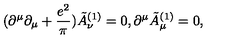
( \partial ^ { \mu } \partial _ { \mu } + { \frac { e ^ { 2 } } { \pi } } ) \tilde { A } _ { \nu } ^ { ( 1 ) } = 0 , \partial ^ { \mu } \tilde { A } _ { \mu } ^ { ( 1 ) } = 0 ,